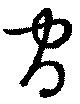
官